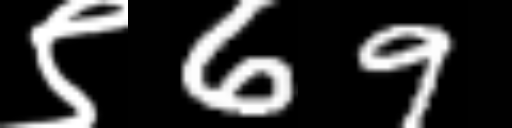
Text: ९69